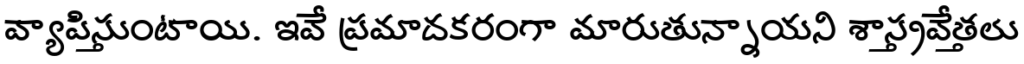
వ్యాపిస్తుంటాయి. ఇవే ప్రమాదకరంగా మారుతున్నాయని శాస్త్రవేత్తలు